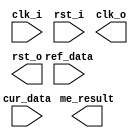
// +FHDR-------------------------------------------------------------------
// TYPE:
// DEPARTMENT:
// AUTHOR:
// AUTHOR'S EMAIL:
// ------------------------------------------------------------------------
// KEYWORDS:
// ------------------------------------------------------------------------
// PARAMETERS
//
// ------------------------------------------------------------------------
// REUSE ISSUES
// Reset Strategy:
// Clock Domains:
// Critical Timing:
// Test Features:
// Asynchronous I/F:
// Scan Methodology:
// Instantiations:
// -FHDR-------------------------------------------------------------------


module me (
        input wire clk_i,
        input wire rst_i,

        input wire [183:0] ref_data,   // 23x1 pixel(8 bits)
        input wire [63:0] cur_data,    // 8x1 pixel(8 bits)

        output wire clk_o,
        output wire rst_o,
        output wire [4095:0] me_result // 16x16x2 int8
    );

    reg [511:0] cur_block;   // 8x8 pixel(8 bits)

endmodule